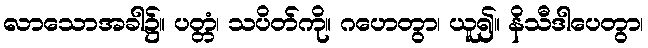
လာသောအခါ၌။ ပတ္တံ၊ သပိတ်ကို။ ဂဟေတွာ၊ ယူ၍။ နိသီဒါပေတွာ၊